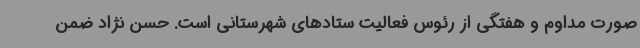
صورت مداوم و هفتگی از رئوس فعالیت ستادهای شهرستانی است. حسن نژاد ضمن